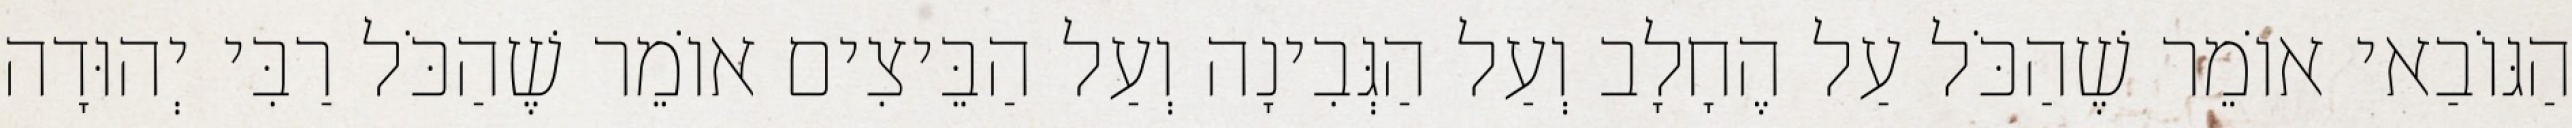
הַגּוֹבַאי אוֹמֵר שֶׁהַכֹּל עַל הֶחָלָב וְעַל הַגְּבִינָה וְעַל הַבֵּיצִים אוֹמֵר שֶׁהַכֹּל רַבִּי יְהוּדָה